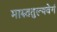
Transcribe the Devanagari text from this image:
मारुततुल्यवेगं